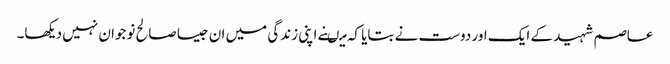
عاصم شہید کے ایک اور دوست نے بتایا کہ میںنے اپنی زندگی میں ان جیسا صالح نوجوان نہیں دیکھا۔